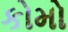
કોમો